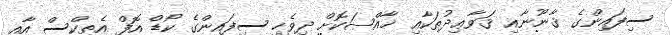
ސިފައިންގެ ޤާނޫނާއި ޤަވާޢިދުތަކާއި ޚާއްޞަކޮށް ދިވެހި ސިފައިންގެ ކޯޑް އޮފް އެތިކްސް އާއި